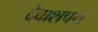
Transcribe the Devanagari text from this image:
देवाशपथ